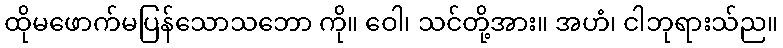
ထိုမဖောက်မပြန်သောသဘော ကို။ ဝေါ၊ သင်တို့အား။ အဟံ၊ ငါဘုရားသ်ည။